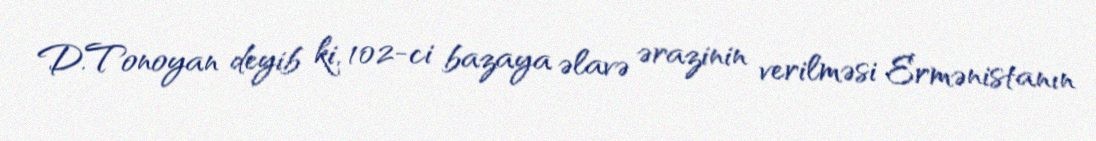
D.Tonoyan deyib ki, 102-ci bazaya əlavə ərazinin verilməsi Ermənistanın